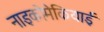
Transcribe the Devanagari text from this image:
नाइकोमेकियाई